Vaccination in Bombay 1869-1873 - 1869-1873
Year: 1869
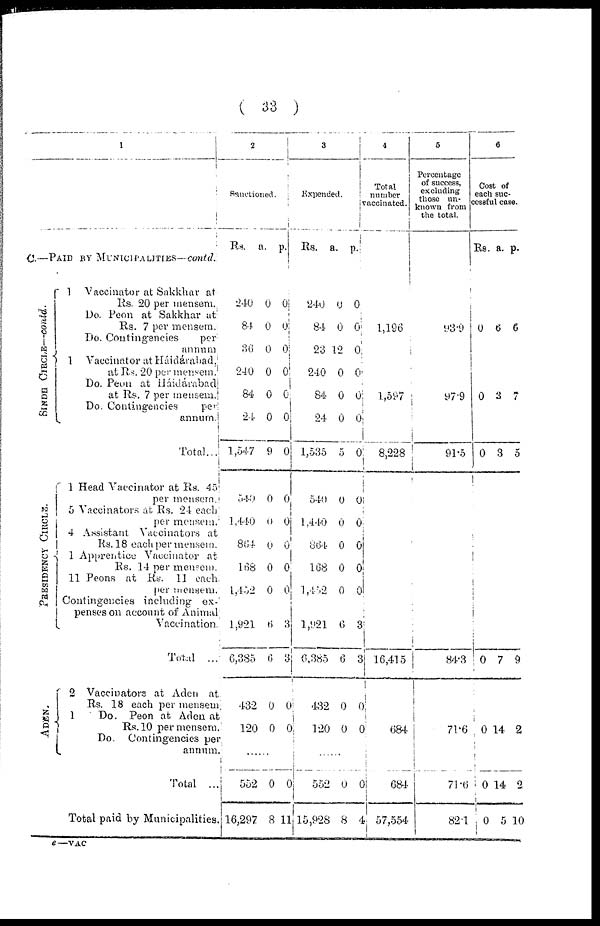
( 33 )
1
C.—PAID BY MUNICIPALITIES— contd.
SINDH CIRCLE—contd.
PRESIDENCY CIRCLE.
ADEN.
1 Vaccinator at Sakkhar at
Rs. 20 per mensem.
Do. Peon at Sakkhar at
Rs. 7 per mensem.
Do. Contingencies
per
annum
1 Vaccinator at Háidárabad,
at Rs. 20 per mensem.
Do. Peon at Háidárabad
at Rs. 7 per mensem.
Do. Contingencies
per
annum.
Total...
1 Head Vaccinator at Rs. 45
per mensem.
5 Vaccinators at Rs. 24 each
per mensem.
4 Assistant Vaccinators at
Rs. 18 each per mensem.
1 Apprentice Vaccinator at
Rs. 14 per mensem.
11 Peons at Rs. 11 each
per mensem.
Contingencies including ex-
penses on account of Animal
Vaccination.
Total ...
2 Vaccinators at Aden at
Rs. 18 each per mensem
1
Do. Peon at Aden at
Rs. 10 per mensem.
Do.
Contingencies per
annum.
Total ...
Total paid by Municipalities
2
Sanctioned.
Rs.
a. p.
240
84
36
240
84
24
1,547
540
1,440
864
168
1,452
1,921
6,385
432
120
0
0
0
0
0
0
9
0
0
0
0
0
6
6
0
0
0
0
0
0
0
0
0
0
0
0
0
0
3
3
0
0
......
552
16,297
0
8
0
11
3
Expended.
Rs. a. p.
240
84
23
240
84
24
1,535
540
1,440
864
168
1,452
1,921
6,385
432
120
0
0
12
0
0
0
5
0
0
0
0
0
6
6
0
0
0
0
0
0
0
0
0
0
0
0
0
0
3
3
0
0
......
552
15,928
0
8
0
4
4
Total
number
vaccinated.
1,196
1,597
8,228
16,415
684
684
57,554
5
Percentage
of success,
excluding
those un-
known from
the total.
93.9
97.9
91.5
84.3
71.6
71.6
82.1
6
Cost of
each suc-
cessful case.
Rs. a. p.
0 6 6
0 3 7
0 3 5
0
0
0
0
7
14
14
5
9
2
2
10
e—VAC